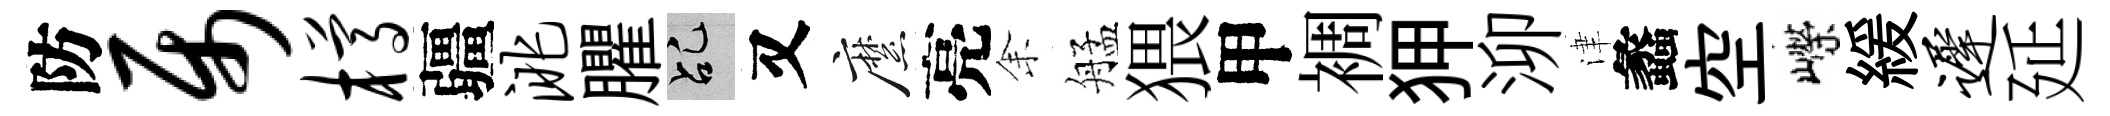
防属樽疆洮臞乩又縻亮𪜬艋猥甲裯狎泖津蠡空嶸緩迟延